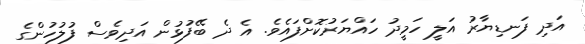
އަދި ފަނޑިޔާރު އަލީ ހަމީދު ހައްޔަރުކޮށްފައެވެ. އެ ދެ ބޭފުޅުން އަދިވެސް ފުލުހުންގެ